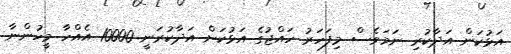
އަޅުކަން އަދާކުރި ނަމަވެސް މިފަހަރު ހައްޖުގެ އަޅުކަން އަދާކުރަނީ 10000 އެއްހާ މީހުންނާ